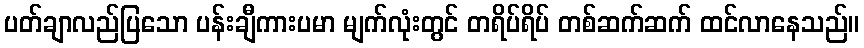
ပတ်ချာလည်ပြသော ပန်းချီကားပမာ မျက်လုံးတွင် တရိပ်ရိပ် တစ်ဆက်ဆက် ထင်လာနေသည်။